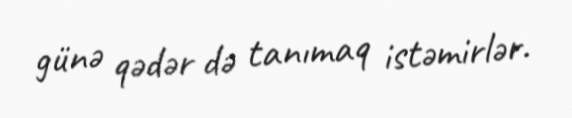
günə qədər də tanımaq istəmirlər.